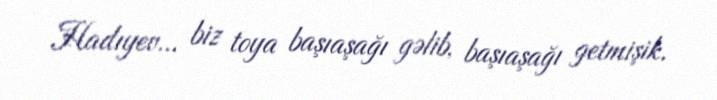
Hadıyev... biz toya başıaşağı gəlib, başıaşağı getmişik.